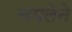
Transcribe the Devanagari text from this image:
चपलेने